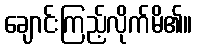
ချောင်းကြည့်လိုက်မိ၏။